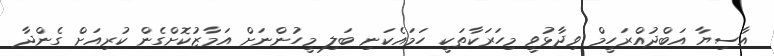
އާސިޔާ އަބްދުއްރަހީމް ވިދާޅުވީ މިހަރަކާތަކީ ހަމައެކަނި ބަލި މީހުންނަށް އަމާޒުކޮށްގެން ކުރިއަށް ގެންދާ